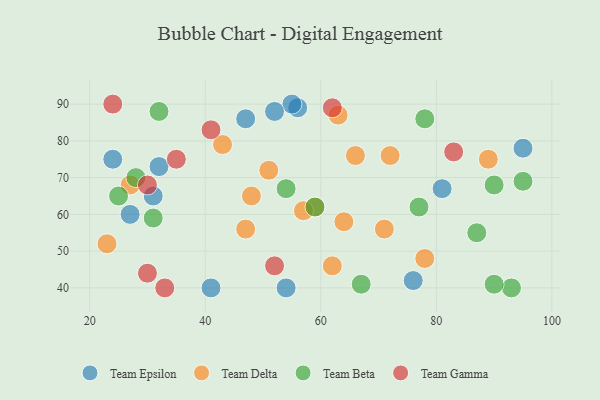
{"axis": {"x": "GDP", "y": "Life Expectancy"}, "legend": ["Team Beta", "Team Delta", "Team Epsilon", "Team Gamma"], "data": [{"x": "54", "y": 40, "type": "Team Epsilon"}, {"x": "27", "y": 60, "type": "Team Epsilon"}, {"x": "81", "y": 67, "type": "Team Epsilon"}, {"x": "95", "y": 78, "type": "Team Epsilon"}, {"x": "56", "y": 89, "type": "Team Epsilon"}, {"x": "31", "y": 65, "type": "Team Epsilon"}, {"x": "24", "y": 75, "type": "Team Epsilon"}, {"x": "41", "y": 40, "type": "Team Epsilon"}, {"x": "55", "y": 90, "type": "Team Epsilon"}, {"x": "47", "y": 86, "type": "Team Epsilon"}, {"x": "76", "y": 42, "type": "Team Epsilon"}, {"x": "32", "y": 73, "type": "Team Epsilon"}, {"x": "52", "y": 88, "type": "Team Epsilon"}, {"x": "71", "y": 56, "type": "Team Delta"}, {"x": "43", "y": 79, "type": "Team Delta"}, {"x": "64", "y": 58, "type": "Team Delta"}, {"x": "48", "y": 65, "type": "Team Delta"}, {"x": "63", "y": 87, "type": "Team Delta"}, {"x": "72", "y": 76, "type": "Team Delta"}, {"x": "66", "y": 76, "type": "Team Delta"}, {"x": "51", "y": 72, "type": "Team Delta"}, {"x": "78", "y": 48, "type": "Team Delta"}, {"x": "89", "y": 75, "type": "Team Delta"}, {"x": "27", "y": 68, "type": "Team Delta"}, {"x": "23", "y": 52, "type": "Team Delta"}, {"x": "59", "y": 62, "type": "Team Delta"}, {"x": "62", "y": 46, "type": "Team Delta"}, {"x": "57", "y": 61, "type": "Team Delta"}, {"x": "47", "y": 56, "type": "Team Delta"}, {"x": "59", "y": 62, "type": "Team Beta"}, {"x": "78", "y": 86, "type": "Team Beta"}, {"x": "28", "y": 70, "type": "Team Beta"}, {"x": "54", "y": 67, "type": "Team Beta"}, {"x": "95", "y": 69, "type": "Team Beta"}, {"x": "67", "y": 41, "type": "Team Beta"}, {"x": "32", "y": 88, "type": "Team Beta"}, {"x": "31", "y": 59, "type": "Team Beta"}, {"x": "93", "y": 40, "type": "Team Beta"}, {"x": "87", "y": 55, "type": "Team Beta"}, {"x": "77", "y": 62, "type": "Team Beta"}, {"x": "90", "y": 68, "type": "Team Beta"}, {"x": "90", "y": 41, "type": "Team Beta"}, {"x": "25", "y": 65, "type": "Team Beta"}, {"x": "41", "y": 83, "type": "Team Gamma"}, {"x": "52", "y": 46, "type": "Team Gamma"}, {"x": "62", "y": 89, "type": "Team Gamma"}, {"x": "30", "y": 68, "type": "Team Gamma"}, {"x": "24", "y": 90, "type": "Team Gamma"}, {"x": "30", "y": 44, "type": "Team Gamma"}, {"x": "35", "y": 75, "type": "Team Gamma"}, {"x": "83", "y": 77, "type": "Team Gamma"}, {"x": "33", "y": 40, "type": "Team Gamma"}]}